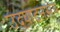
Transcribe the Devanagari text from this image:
उद्‍घाटनसत्र